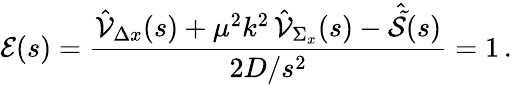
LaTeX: \mathcal{E}(s)=\frac{\hat{{\cal V}}_{\Delta x}(s)+\mu^{2}k^{2}\, \hat{{\cal V}}_{\Sigma_{x}}(s)-\hat{{\cal\tilde{S}}}(s)}{2D/s^{2}}=1\, .